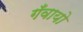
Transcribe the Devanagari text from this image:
गँवायो